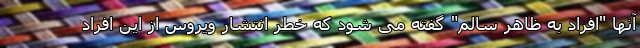
آنها "افراد به ظاهر سالم" گفته می شود که خطر انتشار ویروس از این افراد